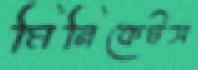
মিনিকেটস